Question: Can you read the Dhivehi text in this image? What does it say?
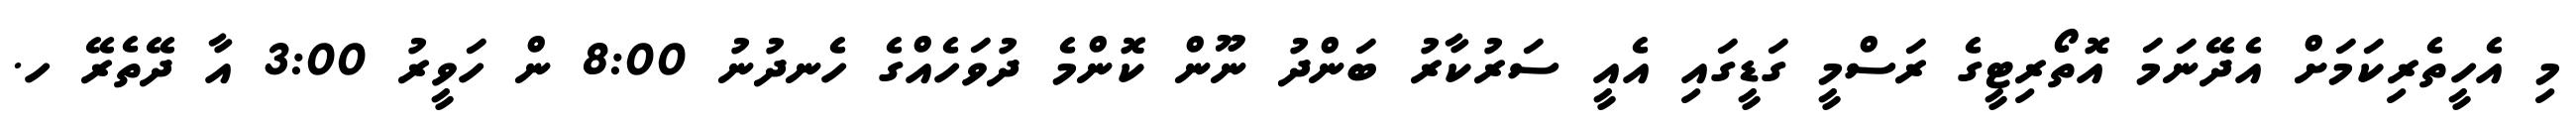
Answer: މި އެހީތެރިކަމަށް އެދޭނަމަ އޮތޯރިޓީގެ ރަސްމީ ގަޑީގައި އެއީ ސަރުކާރު ބަންދު ނޫން ކޮންމެ ދުވަހެއްގެ ހެނދުނު 8:00 ން ހަވީރު 3:00 އާ ދޭތެރޭ ހ.